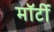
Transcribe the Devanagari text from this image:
मॉर्टी